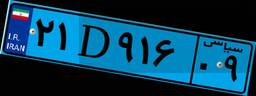
۲۱D۹۱۶۰۹